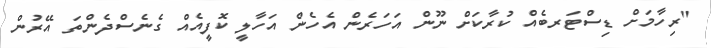
"ރިހާމަށް ޑިސްޓަރބެއް ކުރާކަށް ނޫން އަހަރެން އެހެން އަހާލީ ކޮފީއެއް ގެނެސްދެންތަ އޭރުން